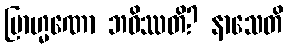
ဗြာဟ္မဏော ဘဝိဿတိ? နာသေတိ